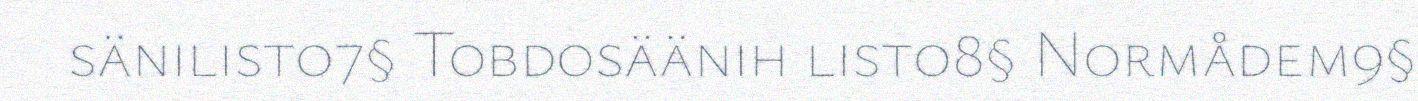
sänilisto7§ Tobdosäänih listo8§ Normådem9§